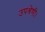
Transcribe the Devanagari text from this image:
उपश्रेणी।